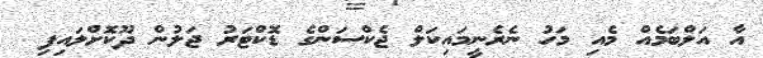
އާ އަލްބަމެއް މެއި މަހު ނެރެނީމައިކަލް ޖެކްސަންގެ ޑޮކްޓަރު ޖަލުން ދޫކޮށްލައިފި